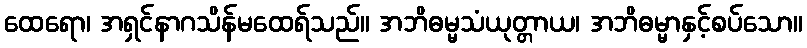
ထေရော၊ အရှင်နာဂသိန်မထေရ်သည်။ အဘိဓမ္မသံယုတ္တာယ၊ အဘိဓမ္မာနှင့်စပ်သော။